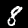
Label: 8